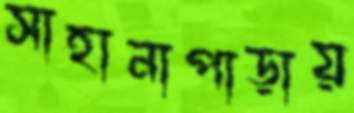
সাহানাপাড়ায়